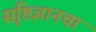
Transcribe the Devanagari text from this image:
सृष्टिज्ञानचा